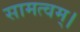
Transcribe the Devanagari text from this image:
सामत्वम्‌।